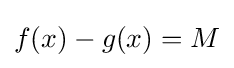
f(x)-g(x)=M